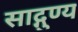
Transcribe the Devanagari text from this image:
साद्गुण्य